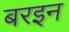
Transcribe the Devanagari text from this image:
बरइन